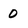
Character: 0